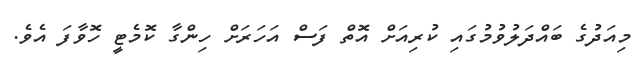
މިއަދުގެ ބައްދަލުވުމުގައި ކުރިއަށް އޮތް ފަސް އަހަރަށް ހިންގާ ކޮމެޓީ ހޮވާފަ އެވެ.